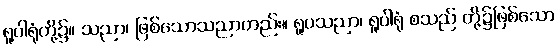
ရူပါရုံတို့၌။ သညာ၊ ဖြစ်သောသညာတည်း။ ရူပသညာ၊ ရူပါရုံ စသည် တို့၌ဖြစ်သော